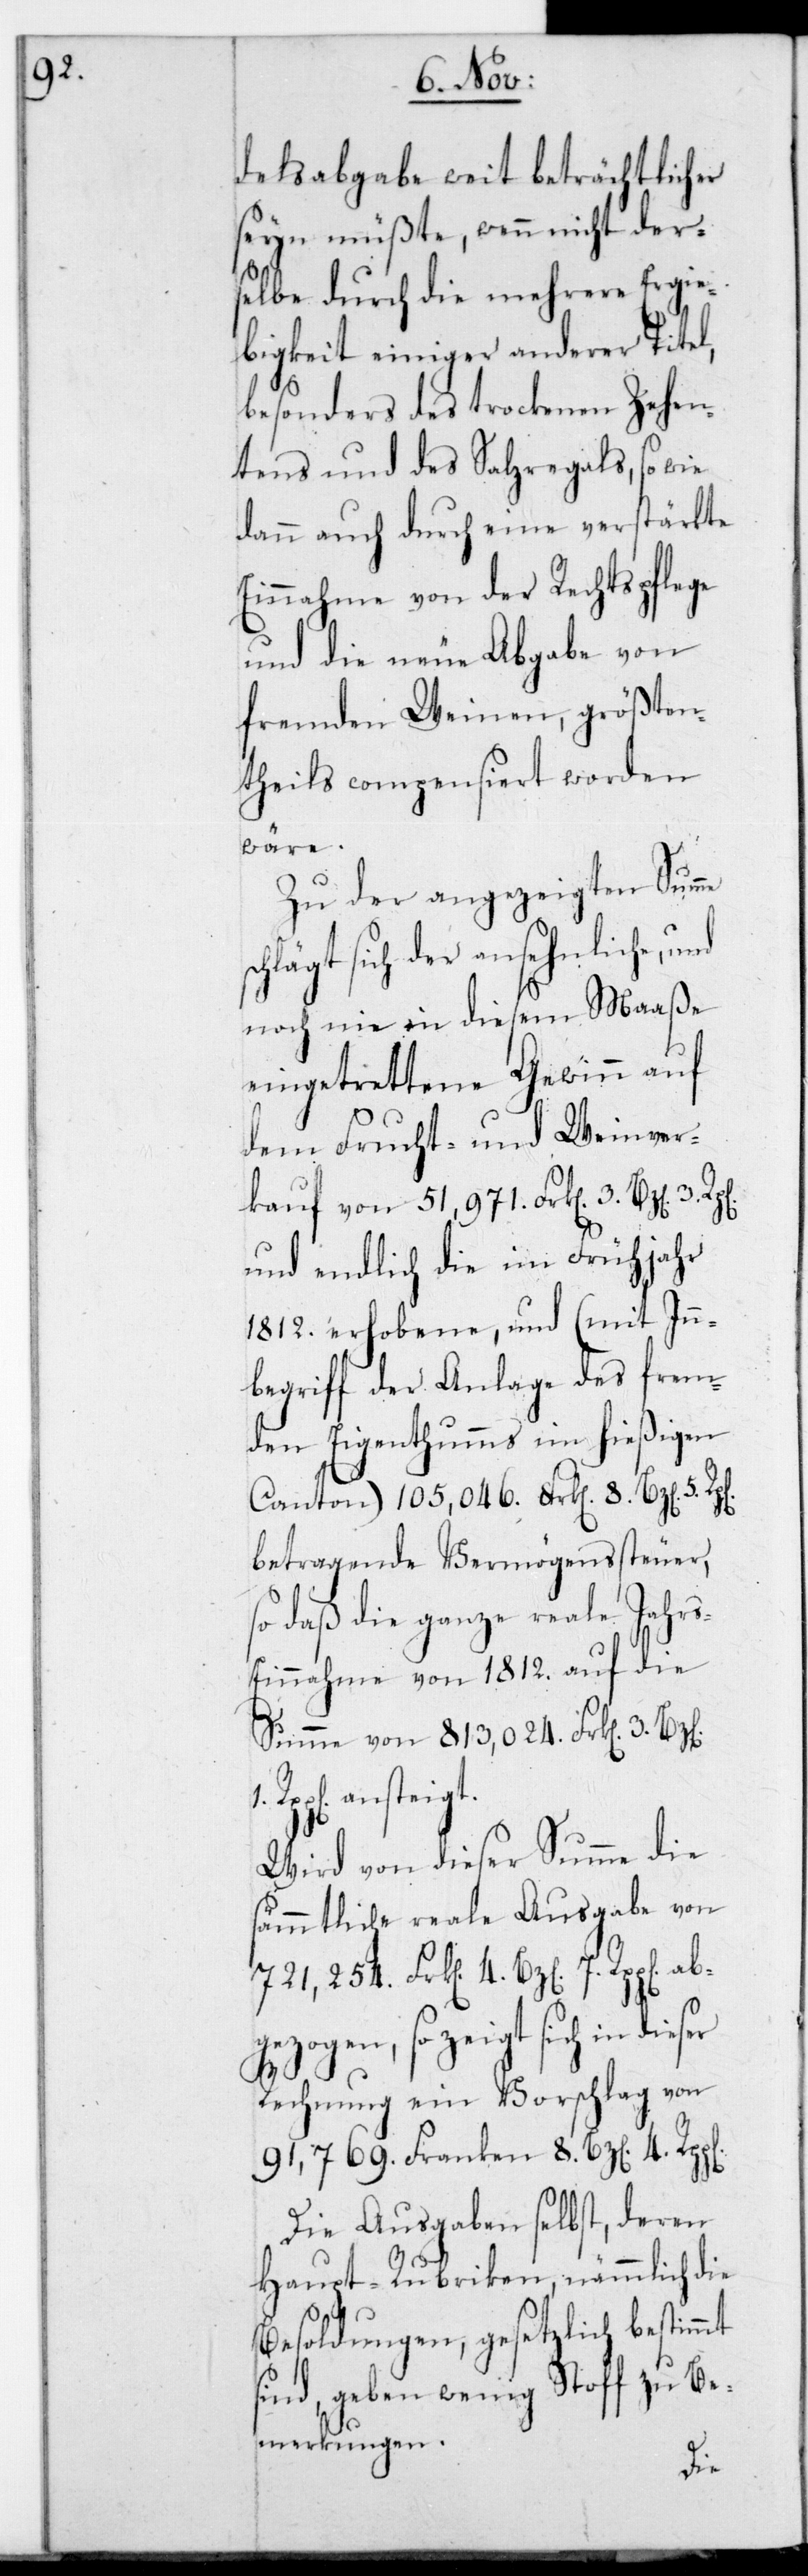
8.

delsabgabe weit beträchtlicher
seyn müßte, wenn nicht der¬
selbe durch die mehrere Ergie¬
bigkeit einiger anderer Titel,
besonders des trockenen Zehen¬
tens und des Salzregals, sowie
dann auch durch eine verstärkte
Einnahme von der Rechtspflege
und die neue Abgabe von
fremden Weinen, größten¬
theils compensiert worden
wäre.
Zu der angezeigten Summe
hlägt sich der ansehnliche,
noch nie in diesem Maaße
eingetrettene Gewinn auf
dem Frucht- und Weinver¬
kauf von 51,971. Frk[en]. 3. Bz[en].
und endlich die im Frühjahr
1812. erhobene, und (mit In¬
begriff der Anlage des frem¬
den Eigenthums im hießigen
Canton) 105,046. Frk[en] 8. Bz[en] 5.
betragende Vermögenssteuer,
so daß die ganze reale Jahrs-E¬
innahme von 1812. auf die
Summe von 813,024. Frk[en] 3.
Rpp[en] ansteigt.
Wird von dieser Summe die
sämmtliche reale Ausgabe von
721,254. Frk[en] 4. Bz[en] 7.
gezogen, so zeigt sich in dieser
4.
Rechnung ein Vorschlag von
Die Ausgaben selbst, deren
Haupt-Rubriken, nämmlich die
Besoldungen, gesetzlich bestimmt
sind, geben wenig Stoff zu Be¬
merkungen.